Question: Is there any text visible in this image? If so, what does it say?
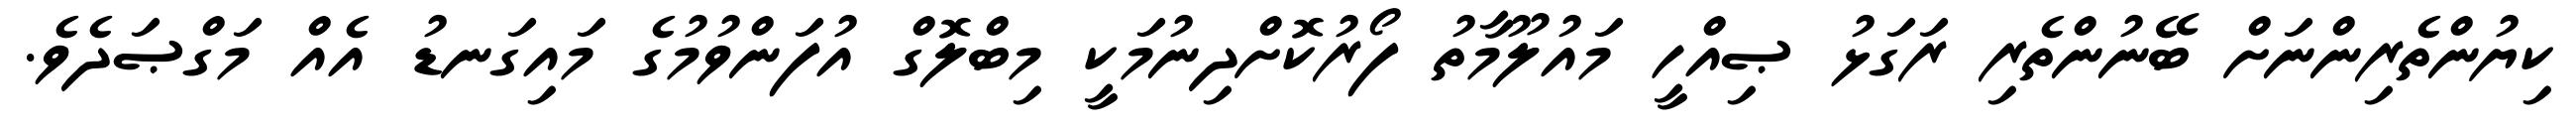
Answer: ކިޔުންތެރިންނަށް ބޭނުންތެރި ރަގަޅު ޞިއްހީ މައުލޫމާތު ފޯރުކޮށްދިނުމަކީ މިބްލޮގް އުފަންވުމުގެ މައިގަނޑު އެއް މަގްޞަދެވެ.